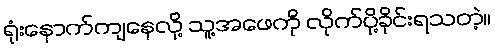
ရုံးနောက်ကျနေလို့ သူ့အဖေကို လိုက်ပို့ခိုင်းရသတဲ့။